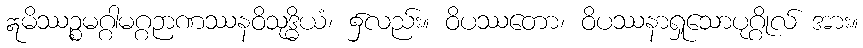
ဣမိဿဉ္စမဂ္ဂါမဂ္ဂဉာဏဿနဝိသုဒ္ဓိယံ၊ ၌လည်း။ ဝိပဿတော၊ ဝိပဿနာရှုသောပုဂ္ဂိုလ် အား။